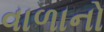
વાળાનો